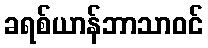
ခရစ်ယာန်ဘာသာဝင်